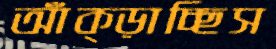
আঁক্‌ড়াচ্ছিস